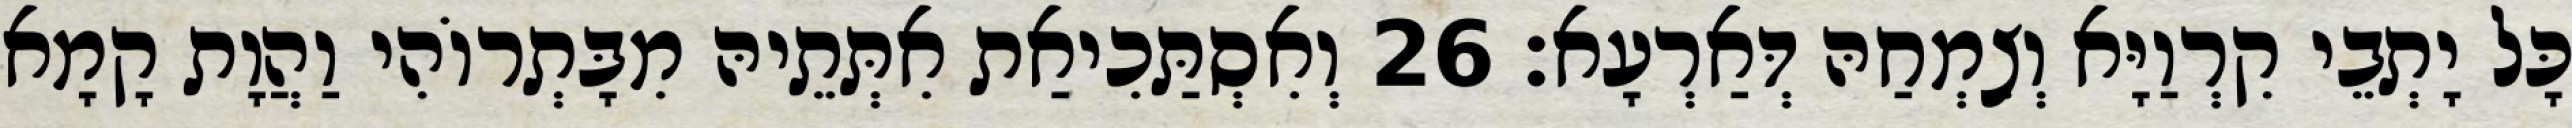
כָּל יָתְבֵי קִרְוַיָּא וְצִמְחַהּ דְּאַרְעָא׃ 26 וְאִסְתַּכִיאַת אִתְּתֵיהּ מִבָּתְרוֹהִי וַהֲוָת קָמָא